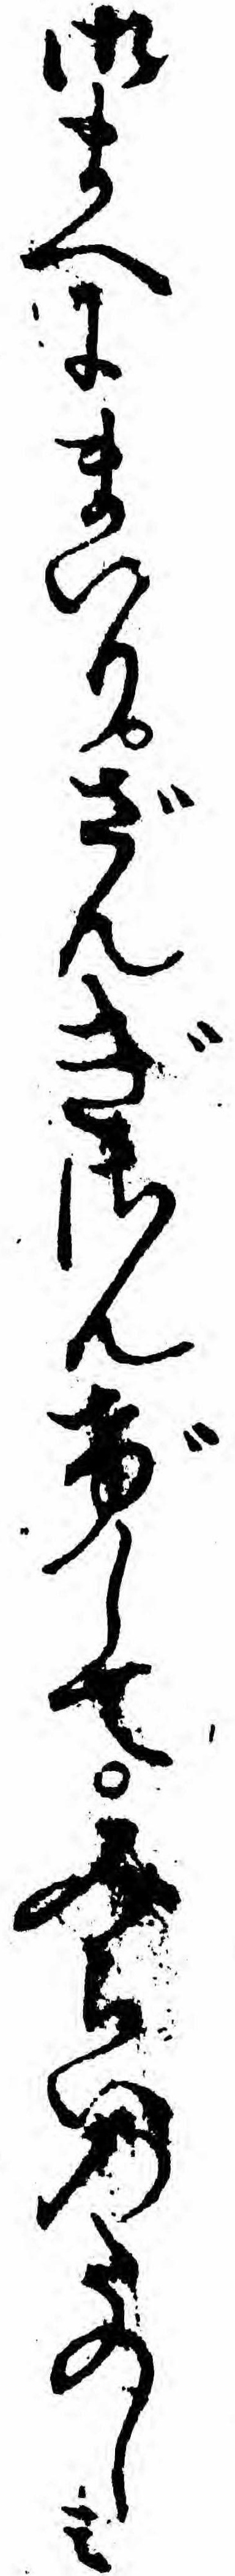
御まへにまいりざんぎさんげしてみらいのたのしミ